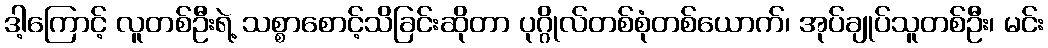
ဒါ့ကြောင့် လူတစ်ဦးရဲ့ သစ္စာစောင့်သိခြင်းဆိုတာ ပုဂ္ဂိုလ်တစ်စုံတစ်ယောက်၊ အုပ်ချုပ်သူတစ်ဦး၊ မင်း